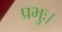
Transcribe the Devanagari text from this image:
प्रभुः।